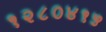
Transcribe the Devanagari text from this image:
१२८०४१५